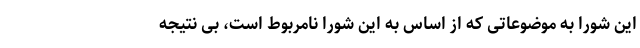
این شورا به موضوعاتی که از اساس به این شورا نامربوط است، بی نتیجه